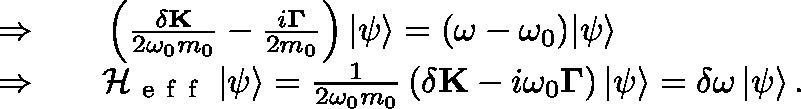
\begin{array} { r l } { \Rightarrow \quad } & { { } \left( { \frac { { \delta \bf { K } } } { { 2 { \omega _ { 0 } } m _ { 0 } } } - \frac { { i { \bf { \Gamma } } } } { 2 m _ { 0 } } } \right) { \left| \psi \right\rangle } = ( \omega - \omega _ { 0 } ) { \left| \psi \right\rangle } } \\ { \Rightarrow \quad } & { { } \mathcal { H } _ { \mathrm { ~ e ~ f ~ f ~ } } \left| \psi \right\rangle = \frac { { 1 } } { { 2 { \omega _ { 0 } } m _ { 0 } } } \left( { \delta \mathbf { K } - i \omega _ { 0 } \mathbf { \Gamma } } \right) { \left| \psi \right\rangle } = \delta \omega \left| \psi \right\rangle . } \end{array}